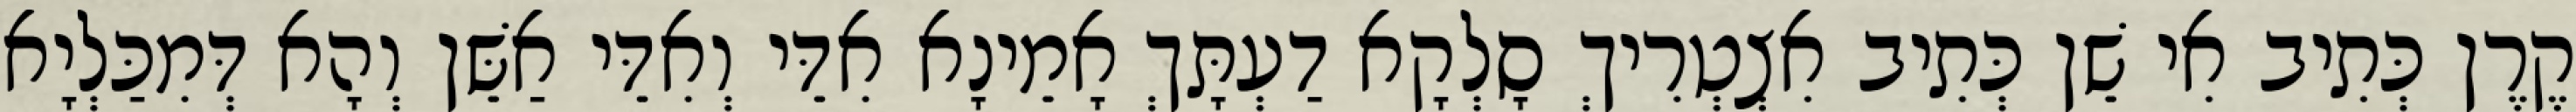
קֶרֶן כְּתִיב אִי שֵׁן כְּתִיב אִצְטְרִיךְ סָלְקָא דַעְתָּךְ אָמֵינָא אִדֵּי וְאִדֵּי אַשֵּׁן וְהָא דְּמִכַּלְיָא